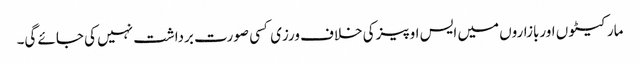
مارکیٹو ں اوربازاروں میں ایس او پیزکی خلاف ورزی کسی صورت برداشت نہیں کی جائے گی۔